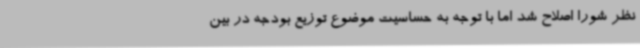
نظر شورا اصلاح شد اما با توجه به حساسیت موضوع توزیع بودجه در بین